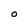
Character: 0